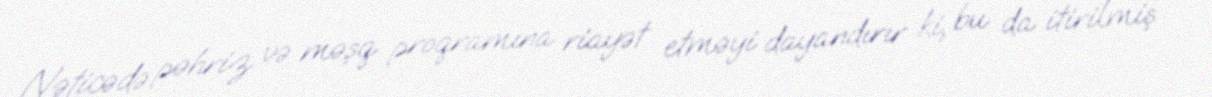
Nəticədə pəhriz və məşq proqramına riayət etməyi dayandırır ki, bu da itirilmiş